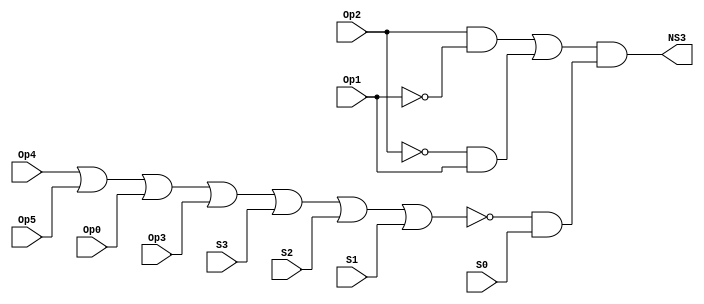
// Copyright (C) 1991-2015 Altera Corporation. All rights reserved.
// Your use of Altera Corporation's design tools, logic functions 
// and other software and tools, and its AMPP partner logic 
// functions, and any output files from any of the foregoing 
// (including device programming or simulation files), and any 
// associated documentation or information are expressly subject 
// to the terms and conditions of the Altera Program License 
// Subscription Agreement, the Altera Quartus II License Agreement,
// the Altera MegaCore Function License Agreement, or other 
// applicable license agreement, including, without limitation, 
// that your use is for the sole purpose of programming logic 
// devices manufactured by Altera and sold by Altera or its 
// authorized distributors.  Please refer to the applicable 
// agreement for further details.

// PROGRAM		"Quartus II 64-Bit"
// VERSION		"Version 15.0.0 Build 145 04/22/2015 SJ Web Edition"
// CREATED		"Fri Mar 13 11:23:32 2020"

module NS3(
	Op5,
	Op4,
	Op3,
	Op2,
	Op1,
	Op0,
	S3,
	S2,
	S1,
	S0,
	NS3
);


input wire	Op5;
input wire	Op4;
input wire	Op3;
input wire	Op2;
input wire	Op1;
input wire	Op0;
input wire	S3;
input wire	S2;
input wire	S1;
input wire	S0;
output wire	NS3;

wire	SYNTHESIZED_WIRE_0;
wire	SYNTHESIZED_WIRE_1;
wire	SYNTHESIZED_WIRE_2;
wire	SYNTHESIZED_WIRE_3;
wire	SYNTHESIZED_WIRE_4;
wire	SYNTHESIZED_WIRE_5;
wire	SYNTHESIZED_WIRE_6;
wire	SYNTHESIZED_WIRE_7;
wire	SYNTHESIZED_WIRE_8;




assign	SYNTHESIZED_WIRE_7 = Op2 & SYNTHESIZED_WIRE_0;

assign	SYNTHESIZED_WIRE_8 = SYNTHESIZED_WIRE_1 & Op1;

assign	SYNTHESIZED_WIRE_3 =  ~SYNTHESIZED_WIRE_2;

assign	SYNTHESIZED_WIRE_5 = SYNTHESIZED_WIRE_3 & S0;

assign	NS3 = SYNTHESIZED_WIRE_4 & SYNTHESIZED_WIRE_5;

assign	SYNTHESIZED_WIRE_2 = SYNTHESIZED_WIRE_6 | Op0 | Op3 | S3 | S2 | S1;

assign	SYNTHESIZED_WIRE_6 = Op4 | Op5;

assign	SYNTHESIZED_WIRE_1 =  ~Op2;

assign	SYNTHESIZED_WIRE_4 = SYNTHESIZED_WIRE_7 | SYNTHESIZED_WIRE_8;

assign	SYNTHESIZED_WIRE_0 =  ~Op1;


endmodule